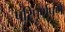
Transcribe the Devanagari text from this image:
परिपूर्णपणे